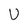
Character: U